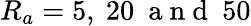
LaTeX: R_{a}=5,~20~\mathrm{~a~n~d~}~50